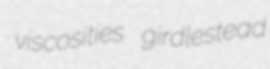
viscosities girdlestead